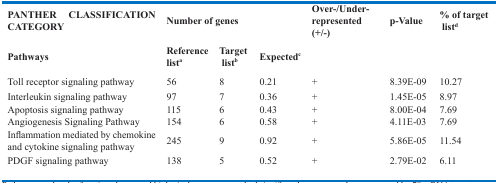
| PANTHER CLASSIFICATION CATEGORY | <COLSPAN=3> Number of genes | Over−/Under-represented (+/−) | p-Value | % of target listd |
 | Pathways | Reference lista | Target listb | Expectedc |  |  |  |
 | --- | --- | --- | --- | --- | --- | --- |
 | Toll receptor signaling pathway | 56 | 8 | 0.21 | + | 8.39E-09 | 10.27 |
 | Interleukin signaling pathway | 97 | 7 | 0.36 | + | 1.45E-05 | 8.97 |
 | Apoptosis signaling pathway | 115 | 6 | 0.43 | + | 8.00E-04 | 7.69 |
 | Angiogenesis Signaling Pathway | 154 | 6 | 0.58 | + | 4.11E-03 | 7.69 |
 | Inflammation mediated by chemokine and cytokine signaling pathway | 245 | 9 | 0.92 | + | 5.86E-05 | 11.54 |
 | PDGF signaling pathway | 138 | 5 | 0.52 | + | 2.79E-02 | 6.11 |